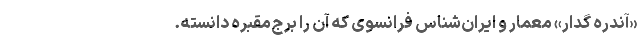
«آندره گدار» معمار و ایران‌شناس فرانسوی که آن را برج‌مقبره دانسته.